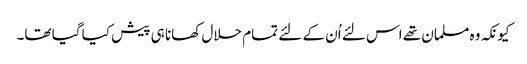
کیونکہ وہ مسلمان تھے اس لئے اُن کے لئے تمام حلال کھانا ہی پیش کیا گیا تھا۔